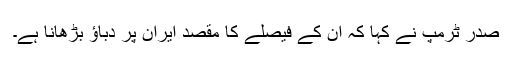
صدر ٹرمپ نے کہا کہ ان کے فیصلے کا مقصد ایران پر دباؤ بڑھانا ہے۔